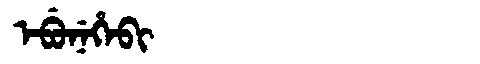
Manchu: ᡝᠪᡠᠨᡝᡥᡝᠪᡳ
Romanization: EBUNEHEBI